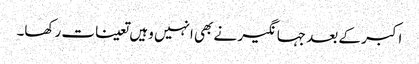
اکبر کے بعد جہانگیر نے بھی انہیں وہیں تعینات رکھا۔